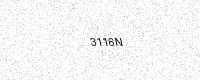
Text: 3116N